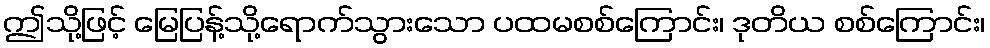
ဤသို့ဖြင့် မြေပြန့်သို့ရောက်သွားသော ပထမစစ်ကြောင်း၊ ဒုတိယ စစ်ကြောင်း၊